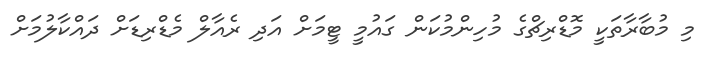
މި މުބާރާތަކީ މޮޑްރިޗްގެ މުހިންމުކަން ގައުމީ ޓީމަށް އަދި ރެއާލް މެޑްރިޑަށް ދައްކާލުމަށް